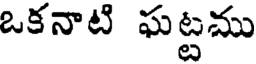
ఒకనాటి ఘట్టము